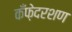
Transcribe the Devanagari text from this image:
कँफ़ेदरशण